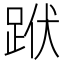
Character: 䟮